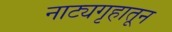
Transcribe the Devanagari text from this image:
नाट्यगृहातून